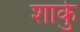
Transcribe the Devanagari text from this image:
शार्कु